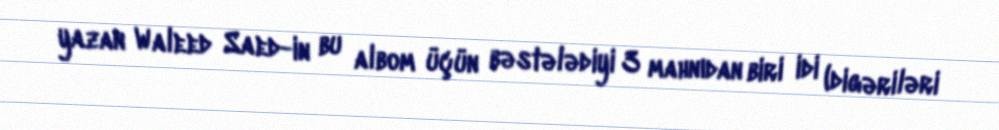
yazan Waleed Saed-in bu albom üçün bəstələdiyi 3 mahnıdan biri idi (digəriləri